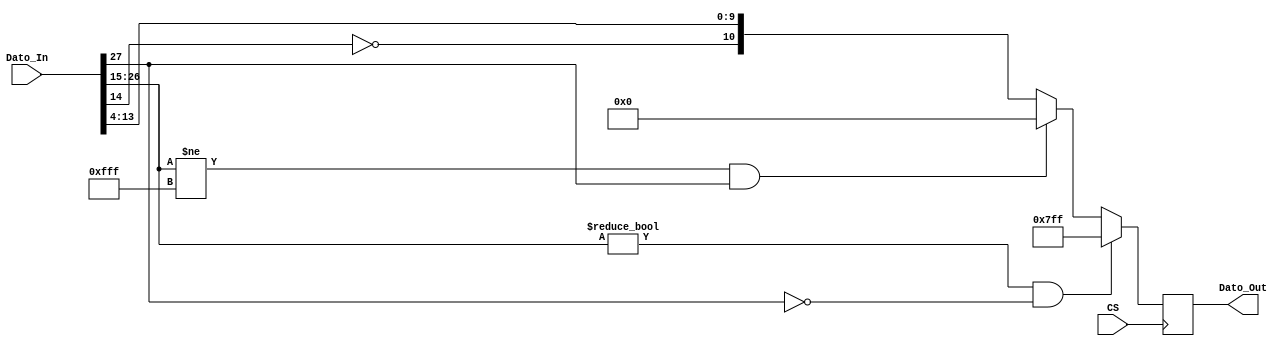
`timescale 1ns / 1ps
//////////////////////////////////////////////////////////////////////////////////
// Company: 
// Engineer: 
// 
// Design Name: 
// Module Name:    Truncador_PWM 
// Project Name: 
// Target Devices: 
// Tool versions: 
// Description: 
//
// Dependencies: 
//
// Revision: 
// Revision 0.01 - File Created
// Additional Comments: 
//
//////////////////////////////////////////////////////////////////////////////////
module Truncador_PWM(
input wire [27:0]Dato_In,
input wire CS,
output reg [10:0]Dato_Out = 0
    );


always@(negedge CS)
begin
if(Dato_In[26:15]!= 12'b000000000000 && Dato_In[27]==0 )
	Dato_Out = 11'b11111111111;
else if(Dato_In[26:15]!= 12'b111111111111 && Dato_In[27]==1)
	Dato_Out = 11'b00000000000;
else
	Dato_Out = {~{Dato_In[14]},Dato_In[13:4]};
end

endmodule